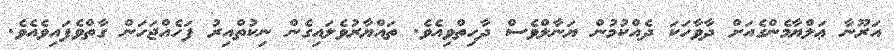
އަރޫނާ ޢަލްޔާމެންގެއަށް ދާވާހަކަ ދެއްކުމުން ޔަނާލްވެސް ދާހިތްވިއެވެ. ތައްޔާރުވެލައިގެން ނިކުތްއިރު ފަހެއްޖަހަން ގާތްވެފައިވެއެވެ.